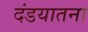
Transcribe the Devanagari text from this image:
दंडयातना